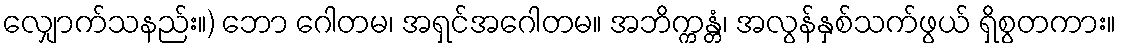
လျှောက်သနည်း။) ဘော ဂေါတမ၊ အရှင်အဂေါတမ။ အဘိက္ကန္တံ၊ အလွန်နှစ်သက်ဖွယ် ရှိစွတကား။